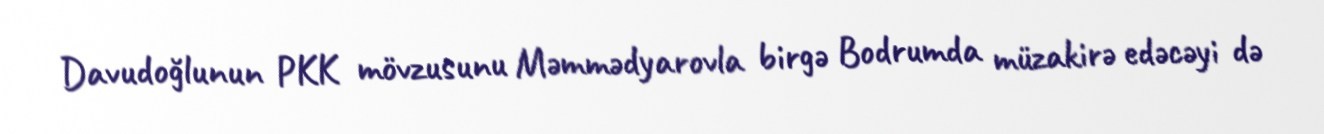
Davudoğlunun PKK mövzusunu Məmmədyarovla birgə Bodrumda müzakirə edəcəyi də